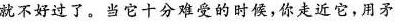
就不好过了。当它十分难受的时候，你走近它，用矛